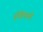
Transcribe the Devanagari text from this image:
हैं।हिमानी